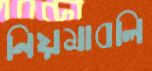
নিয়মাবলি